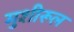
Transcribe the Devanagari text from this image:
मुशीरूल